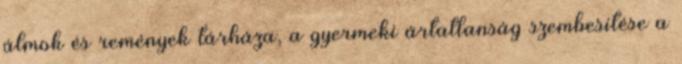
álmok és remények tárháza, a gyermeki ártatlanság szembesítése a